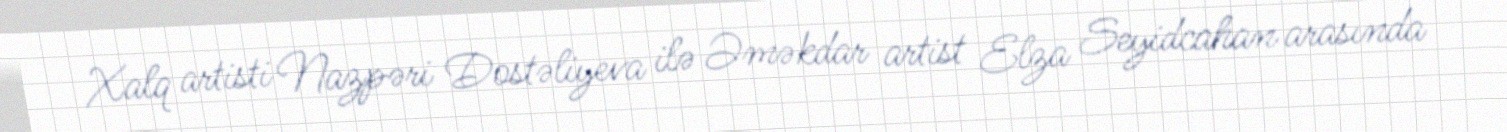
Xalq artisti Nazpəri Dostəliyeva ilə Əməkdar artist Elza Seyidcahan arasında